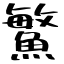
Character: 鰵